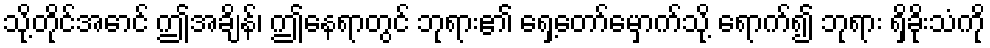
သို့တိုင်အောင် ဤအချိန်၊ ဤနေရာတွင် ဘုရား၏ ရှေ့တော်မှောက်သို့ ရောက်၍ ဘုရား ရှိခိုးသံကို